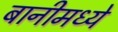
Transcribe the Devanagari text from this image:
बानीमध्ये